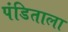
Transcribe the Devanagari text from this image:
पंडिताला